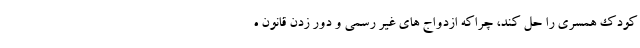
کودک همسری را حل کند، چراکه ازدواج های غیر رسمی و دور زدن قانون ه